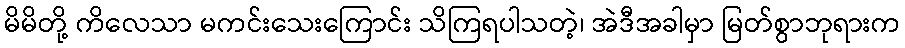
မိမိတို့ ကိလေသာ မကင်းသေးကြောင်း သိကြရပါသတဲ့၊ အဲဒီအခါမှာ မြတ်စွာဘုရားက